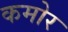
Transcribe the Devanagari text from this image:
कमोर